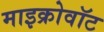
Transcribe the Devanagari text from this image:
माइक्रोवॉट